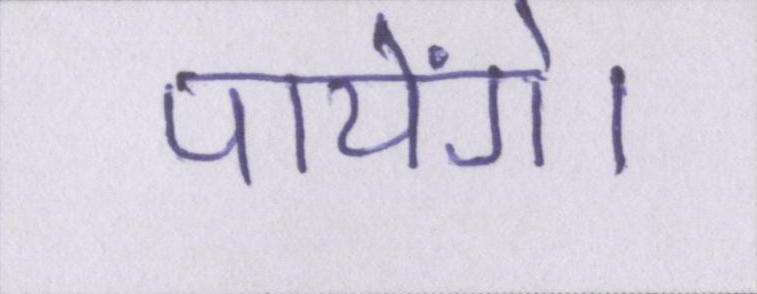
पायेंगे।